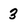
Character: 3